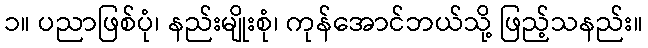
၁။ ပညာဖြစ်ပုံ၊ နည်းမျိုးစုံ၊ ကုန်အောင်ဘယ်သို့ ဖြည့်သနည်း။